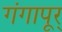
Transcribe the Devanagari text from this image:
गंगापूर्